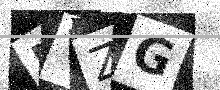
Text: LVZG